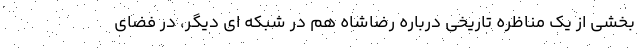
بخشی از یک مناظره تاریخی درباره رضاشاه هم در شبکه ای دیگر، در فضای